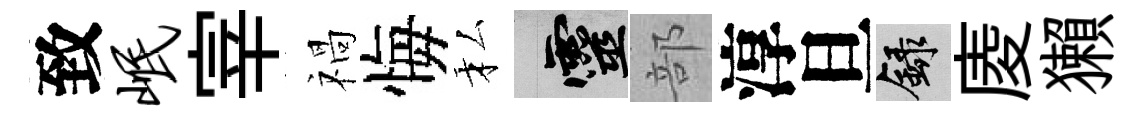
致岷宰禍悔私靈部淳旦録庱獺